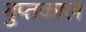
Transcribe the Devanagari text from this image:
गुप्‍तकाल